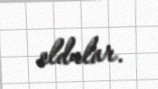
oldular.